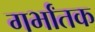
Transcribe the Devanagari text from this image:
गर्भांतक